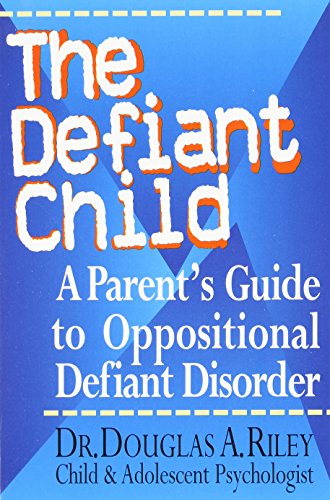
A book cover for The Defiant Child: A Parent's Guide to Oppositional Defiant Disorder; Douglas A. Riley; Parenting & Relationships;